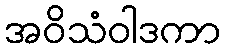
အဝိသံဝါဒကာ